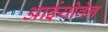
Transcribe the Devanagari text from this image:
आईयोवेन